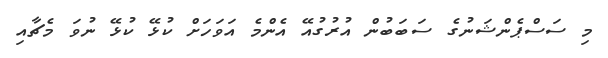
މި ސަސްޕެންޝަނުގެ ސަބަބުން އުރުގުއޭ އެންމެ އަވަހަށް ކުޅޭ ކުޅޭ ނުވަ މެޗާއި